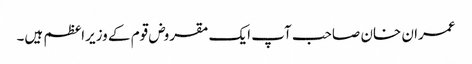
عمران خان صاحب آپ ایک مقروض قوم کے وزیراعظم ہیں۔